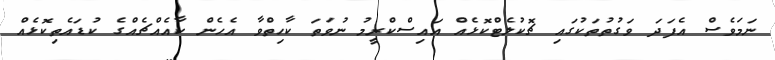
ނަމަވެސް އެފަދަ ވަގުތުތަކުގައި ޗޮކުލެޓްކޮޅެއް އައިސްކްރީމު ނުވަތަ ކާހިތްވާ އެހެން ކާއެއްޗެއްގެ ކުޑައެތިކޮޅެއް